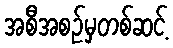
အစီအစဉ်မှတစ်ဆင့်